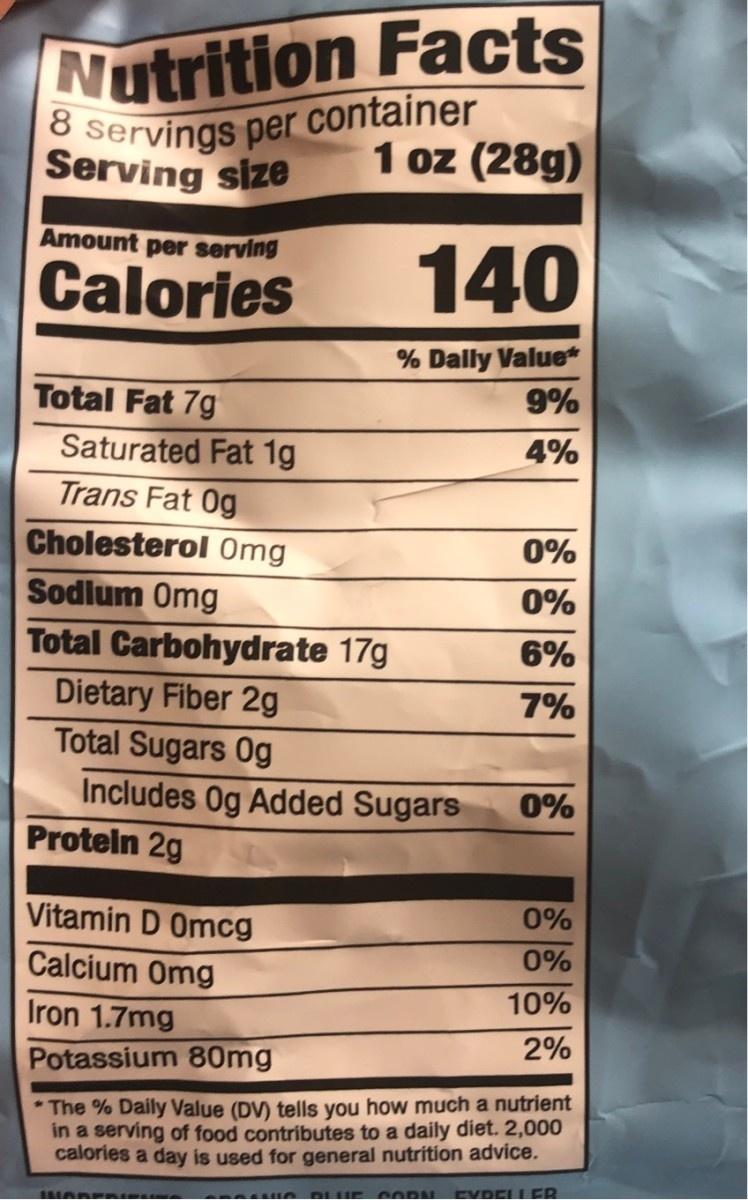
Nutrition Facts
Servings per container Serving size
1 oz (28g)
Amount per serving
Calories
140
% Dally Value* 9%
Total Fat 7g
Saturated Fat 1g Trans Fat 0g
4%
Cholesterol Omg
0%
Sodlum Omg
0%
Total Carbohydrate 17g
6%
Dietary Fiber 2g Total Sugars Og
7%
Includes Og Added Sugars Proteln 2g
0%
Vitamin D Omcg
0%
0%
Calcium Omg
10%
Iron 1.7mg
2%
Potassium 80mg
* The % Daily Value (DV) tells you how much a nutrient in a serving of food contributes to a daily diet. 2,000 calories a day is used for general nutrition advice.
BRAODE
EYDELLER
CORN
DLUE